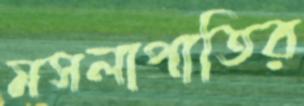
মসলাপাতির